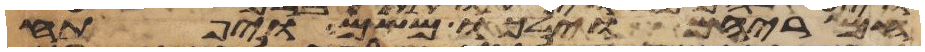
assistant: חמריהם וילכו משם ויפתח